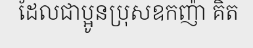
ដែលជាប្អូនប្រុសឧកញ៉ា គិត